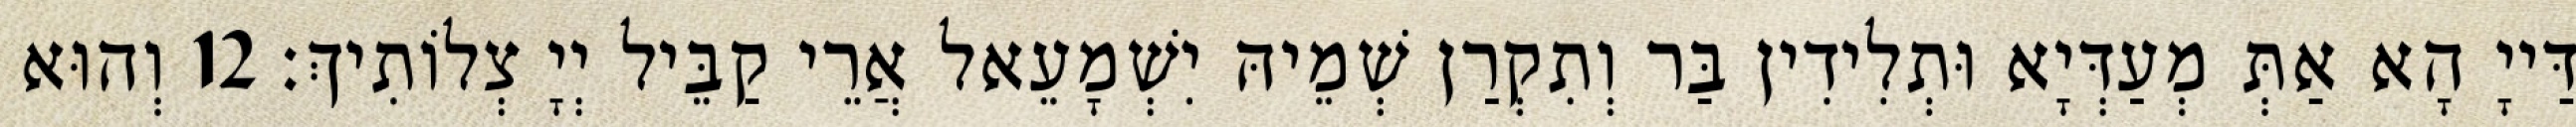
דַּייָ הָא אַתְּ מְעַדְּיָא וּתְלִידִין בַּר וְתִקְרַן שְׁמֵיהּ יִשְׁמָעֵאל אֲרֵי קַבֵּיל יְיָ צְלוֹתִיךְ׃ 12 וְהוּא